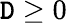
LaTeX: \mathtt{D}\geq0